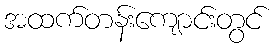
အထက်တန်းကျောင်းတွင်